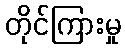
တိုင်ကြားမှု